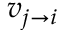
v _ { j \rightarrow i }